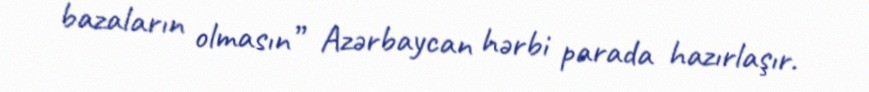
bazaların olmasın” Azərbaycan hərbi parada hazırlaşır.